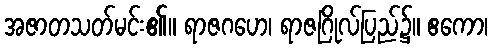
အဇာတသတ်မင်း၏။ ရာဇဂဟေ၊ ရာဇဂြိုလ်ပြည်၌။ ဧကော၊